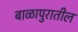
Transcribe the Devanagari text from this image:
बाळापुरातील